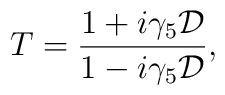
T={1+i\gamma_5{\cal D}\over1-i\gamma_5{\cal D}},